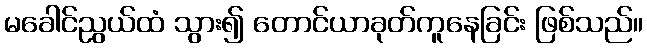
မခေါင်ညွယ်ထံ သွား၍ တောင်ယာခုတ်ကူနေခြင်း ဖြစ်သည်။